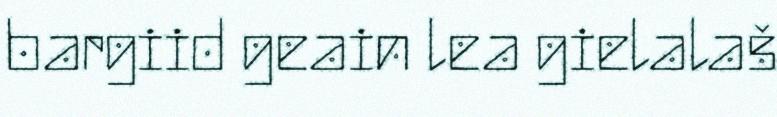
bargiid geain lea gielalaš